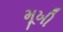
મૂખી